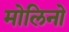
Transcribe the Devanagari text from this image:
मोलिनो